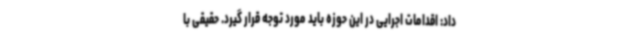
داد: اقدامات اجرایی در این حوزه باید مورد توجه قرار گیرد. حقیقی با